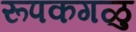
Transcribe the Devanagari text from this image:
रूपकगळु